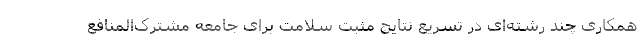
همکاری چند رشته‌ای در تسریع نتایج مثبت سلامت برای جامعه مشترک‌المنافع